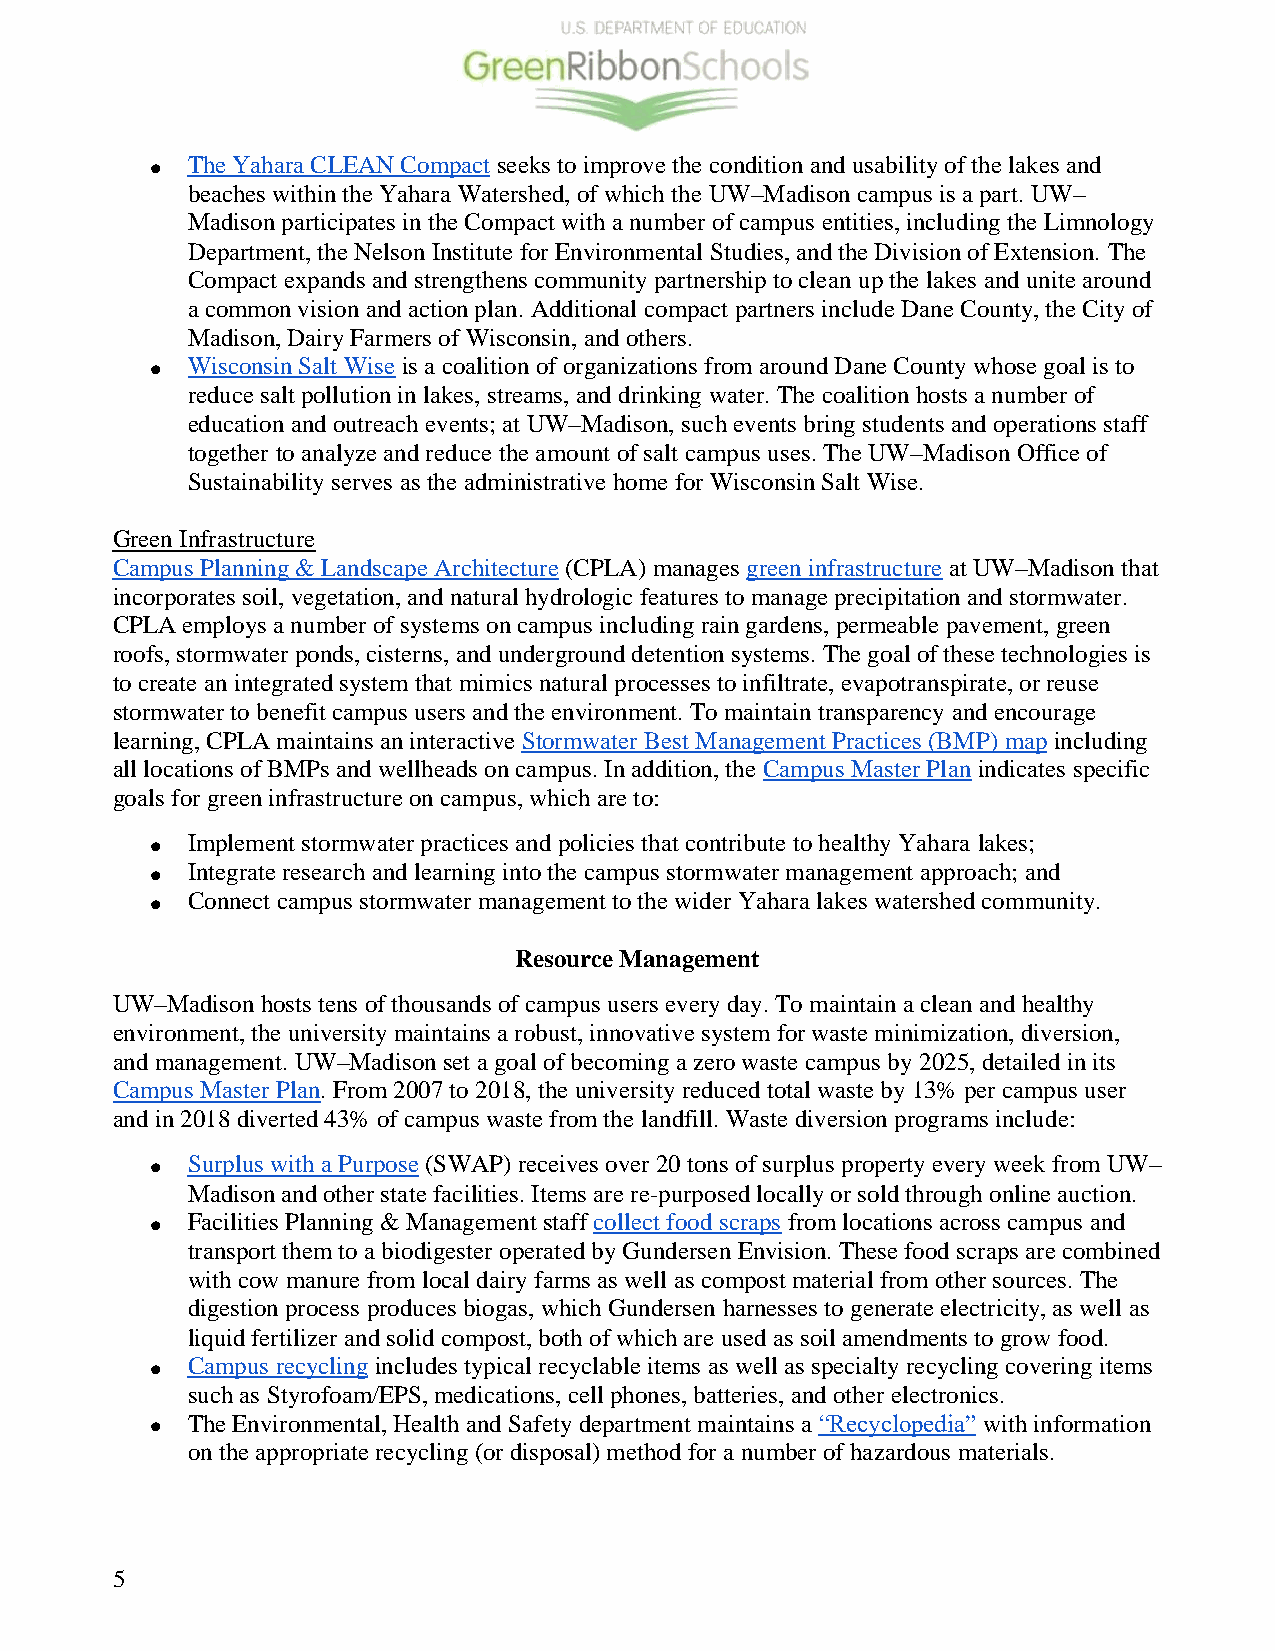
• The Yahara CLEAN Compact seeks to improve the condition and usability of the lakes and
 beaches within the Yahara Watershed, of which the UW–Madison campus is a part. UW–
 Madison participates in the Compact with a number of campus entities, including the Limnology
 Department, the Nelson Institute for Environmental Studies, and the Division of Extension. The
 Compact expands and strengthens community partnership to clean up the lakes and unite around
 a common vision and action plan. Additional compact partners include Dane County, the City of
 Madison, Dairy Farmers of Wisconsin, and others.
 • Wisconsin Salt Wise is a coalition of organizations from around Dane County whose goal is to
 reduce salt pollution in lakes, streams, and drinking water. The coalition hosts a number of
 education and outreach events; at UW–Madison, such events bring students and operations staff
 together to analyze and reduce the amount of salt campus uses. The UW–Madison Office of
 Sustainability serves as the administrative home for Wisconsin Salt Wise.
 Green Infrastructure
 Campus Planning & Landscape Architecture (CPLA) manages green infrastructure at UW–Madison that
 incorporates soil, vegetation, and natural hydrologic features to manage precipitation and stormwater.
 CPLA employs a number of systems on campus including rain gardens, permeable pavement, green
 roofs, stormwater ponds, cisterns, and underground detention systems. The goal of these technologies is
 to create an integrated system that mimics natural processes to infiltrate, evapotranspirate, or reuse
 stormwater to benefit campus users and the environment. To maintain transparency and encourage
 learning, CPLA maintains an interactive Stormwater Best Management Practices (BMP) map including
 all locations of BMPs and wellheads on campus. In addition, the Campus Master Plan indicates specific
 goals for green infrastructure on campus, which are to:
 • Implement stormwater practices and policies that contribute to healthy Yahara lakes;
 • Integrate research and learning into the campus stormwater management approach; and
 • Connect campus stormwater management to the wider Yahara lakes watershed community.
 Resource Management
 UW–Madison hosts tens of thousands of campus users every day. To maintain a clean and healthy
 environment, the university maintains a robust, innovative system for waste minimization, diversion,
 and management. UW–Madison set a goal of becoming a zero waste campus by 2025, detailed in its
 Campus Master Plan. From 2007 to 2018, the university reduced total waste by 13% per campus user
 and in 2018 diverted 43% of campus waste from the landfill. Waste diversion programs include:
 • Surplus with a Purpose (SWAP) receives over 20 tons of surplus property every week from UW–
 Madison and other state facilities. Items are re-purposed locally or sold through online auction.
 • Facilities Planning & Management staff collect food scraps from locations across campus and
 transport them to a biodigester operated by Gundersen Envision. These food scraps are combined
 with cow manure from local dairy farms as well as compost material from other sources. The
 digestion process produces biogas, which Gundersen harnesses to generate electricity, as well as
 liquid fertilizer and solid compost, both of which are used as soil amendments to grow food.
 • Campus recycling includes typical recyclable items as well as specialty recycling covering items
 such as Styrofoam/EPS, medications, cell phones, batteries, and other electronics.
 • The Environmental, Health and Safety department maintains a “Recyclopedia” with information
 on the appropriate recycling (or disposal) method for a number of hazardous materials.
 5